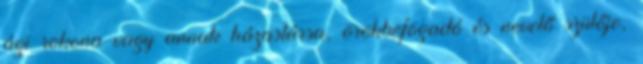
ági rokona vagy annak házastársa, örökbefogadó és nevelő szülője,